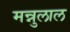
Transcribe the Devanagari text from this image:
मन्नुलाल